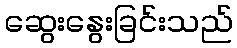
ဆွေးနွေးခြင်းသည်